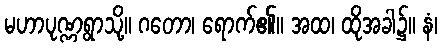
မဟာပုဏ္ဏရွာသို့။ ဂတော၊ ရောက်၏။ အထ၊ ထိုအခါ၌။ နံ၊